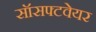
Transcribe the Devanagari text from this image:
सॉसफ्टवेयर